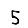
Digit: 5